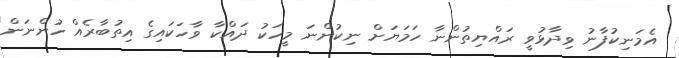
އެމަނިކުފާނު ވިދާޅުވީ ރައްޔިތުންނާ ހަމަޔަށް ނިކުންނަ މީހަކު ދައްކާ ވާހަކައިގެ އިތުބާރެއް ހުންނަން